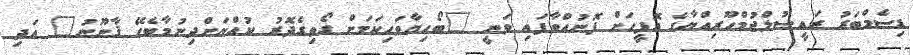
ޑިސެމްބަރު ރައީސުލްޖުމްހޫރިއްޔާގެ އޮފީހަށް ފޮނުއްވާފައި ވަނީ "ބޯހިޔާވަހިކަމަށް ގޯތިގެދޮރު ކުއްޔަށްދިނުމާބެހޭ ޤާނޫނު" އަދި